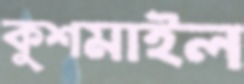
কুশমাইল